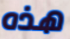
هذه